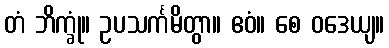
တံ ဘိက္ခုံ။ ဥပသင်္ကမိတွာ။ ဧဝံ။ စေ ဝဒေယျ။